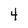
Character: 4